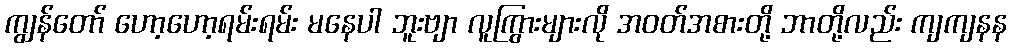
ကျွန်တော် ဟော့ဟော့ရမ်းရမ်း မနေပါ ဘူးဗျာ လူကြွားများလို အဝတ်အစားတို့ ဘာတို့လည်း ကျကျနန